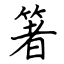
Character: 箸